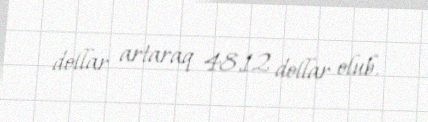
dollar artaraq 48,12 dollar olub.